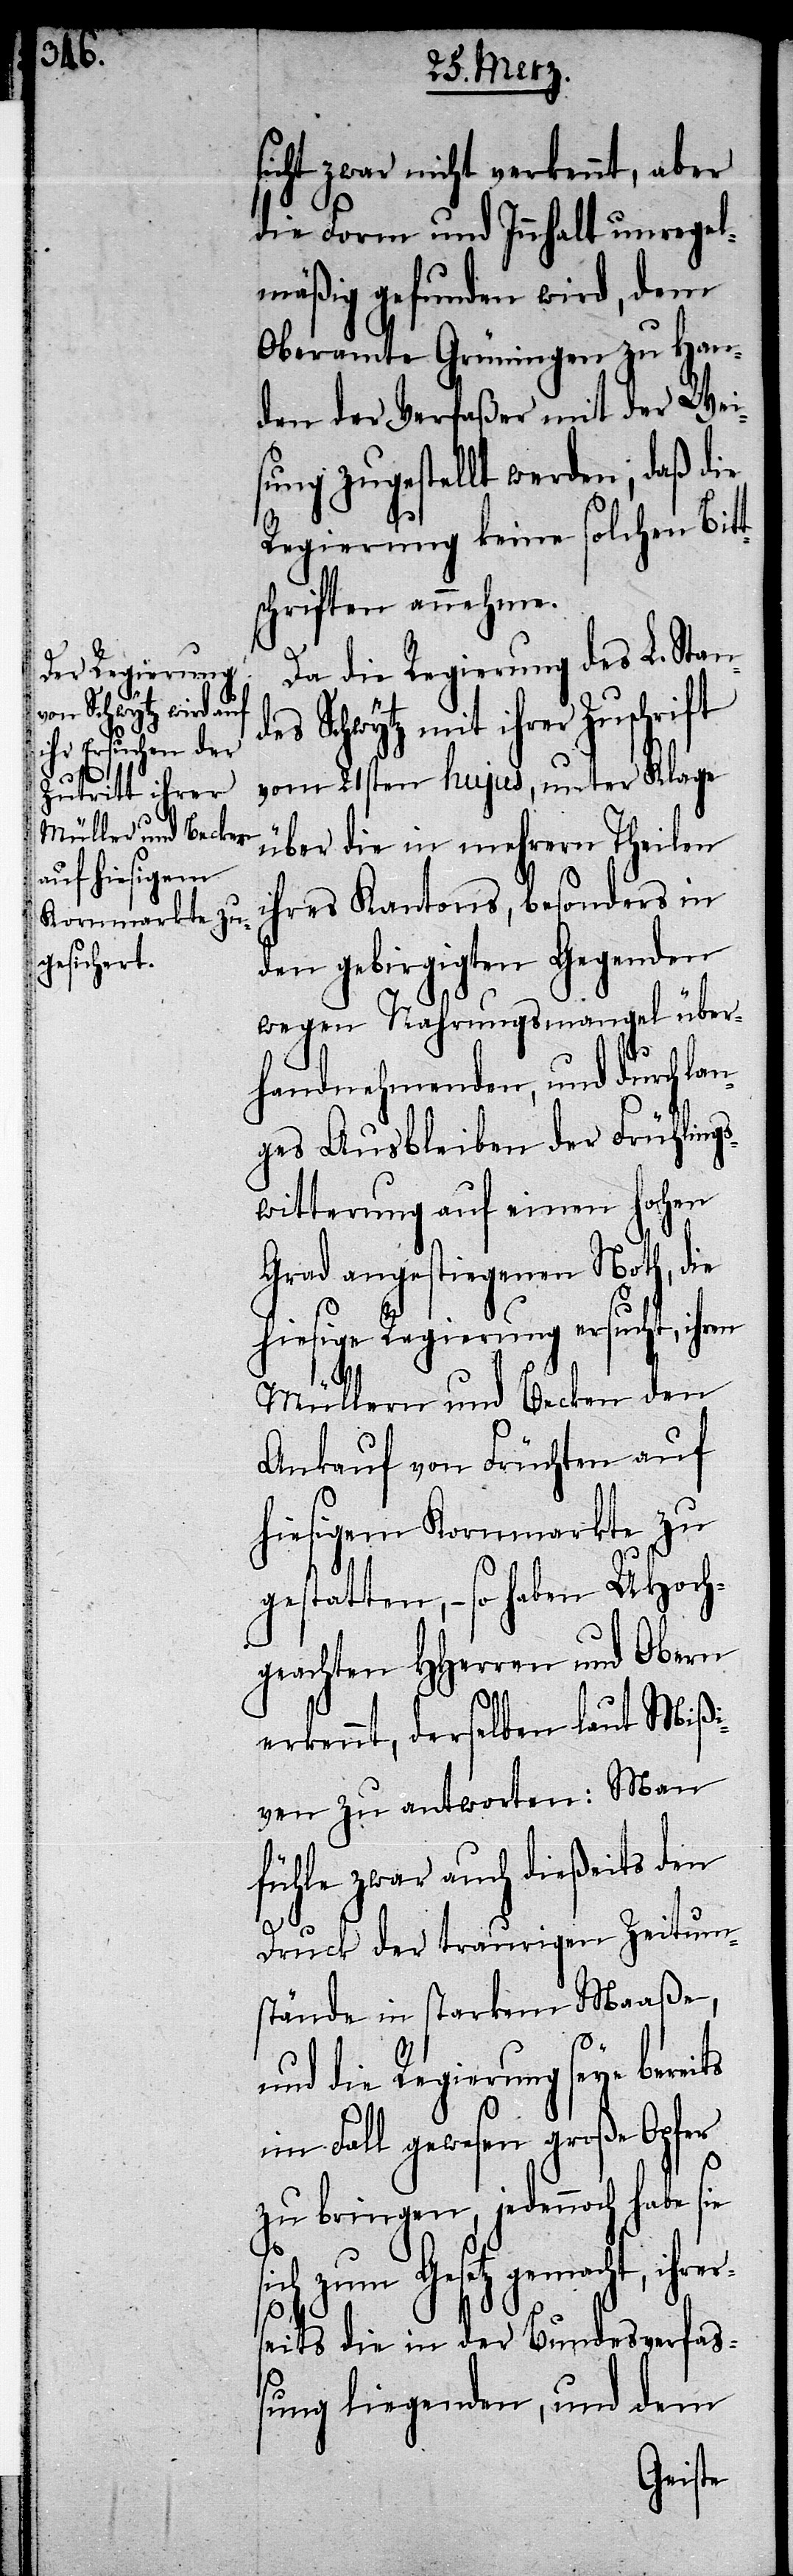
de¬

sicht zwar nicht verkennt, aber
die Form und Inhalt unregel¬
mäßig gefunden wird, dem
Oberamte Grüningen zu Han¬
den der Verfaßer mit der Wei¬
sung zugestellt werden, daß die
Regierung keine solchen Bit¬
chriften annehme.
Da die Regierung des L. Stan¬
s Schwytz mit ihrer Zuschrift
vom 21sten hujus, unter Klage
über die in mehrern Theilen
ihres Kantons, besonders in
den gebirgigten Gegenden
wegen Nahrungsmangel über¬
handnehmenden, und durch la¬
nges Ausbleiben der Frühling¬
switterung auf einen hohen
Grad angestiegenen Noth, die
hiesige Regierung ersucht, ihren
Müllern und Becken den
Ankauf von Früchten auf
hiesigem Kornmarkte zu
gestatten, – so haben UHoch¬
geachten HHerren und Obern
erkennt, derselben laut Mißi¬
ven zu antworten: Man
fühle zwar auch dießeits den
Druck der traurigen Zeitum¬
stände in starkem Maaße,
und die Regierung seye bereits
im Fall gewesen große Opfer
zu bringen, jedennoch habe sie
zum Gesetz gemacht, ihr¬
its die in der Bundesverfaß¬
ung liegenden, und dem
erse¬